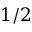
1 / 2